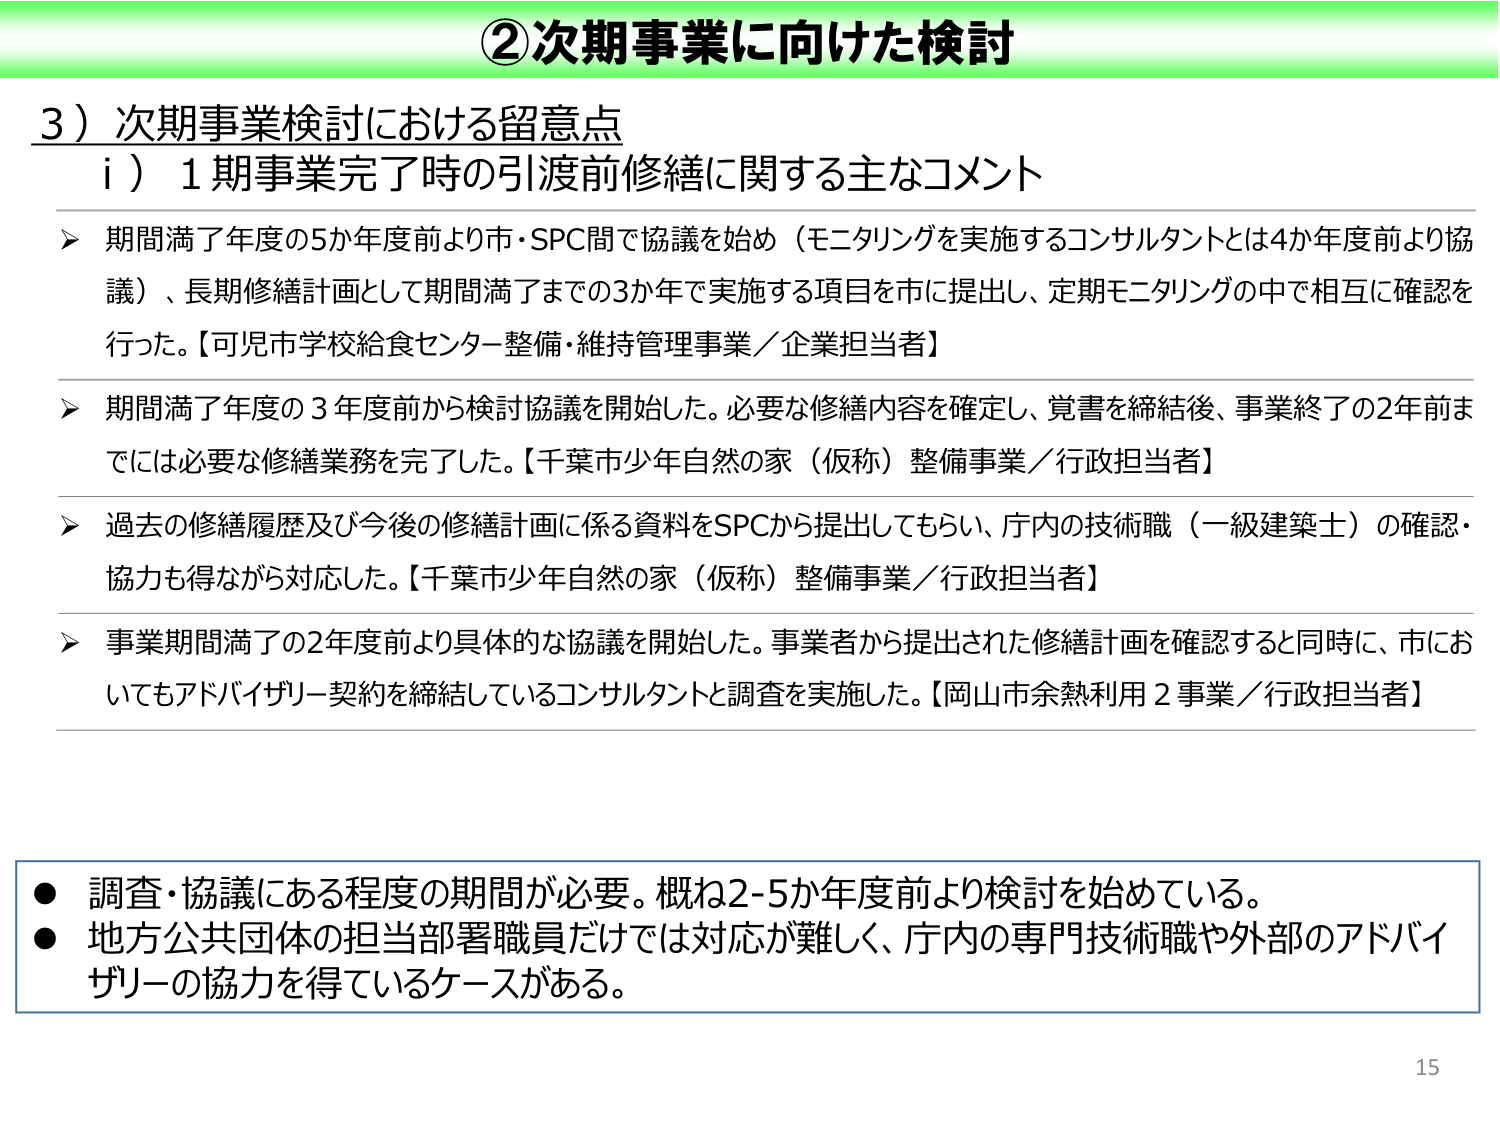
②次期事業に向けた検討

3）次期事業検討における留意点
　i）1期事業完了時の引渡前修繕に関する主なコメント

　➤ 期間満了年度の5か年度前より市・SPC間で協議を始め（モニタリングを実施するコンサルタントとは4か年度前より協議）、長期修繕計画として期間満了までの3か年で実施する項目を市に提出し、定期モニタリングの中で相互に確認を行った。【可児市学校給食センター整備・維持管理事業／企業担当者】

　➤ 期間満了年度の3年度前から検討協議を開始した。必要な修繕内容を確定し、覚書を締結後、事業終了の2年前までには必要な修繕業務を完了した。【千葉市少年自然の家（仮称）整備事業／行政担当者】

　➤ 過去の修繕履歴及び今後の修繕計画に係る資料をSPCから提出してもらい、庁内の技術職（一級建築士）の確認・協力も得ながら対応した。【千葉市少年自然の家（仮称）整備事業／行政担当者】

　➤ 事業期間満了の2年度前より具体的な協議を開始した。事業者から提出された修繕計画を確認すると同時に、市においてもアドバイザリー契約を締結しているコンサルタントと調査を実施した。【岡山市余熱利用2事業／行政担当者】

● 調査・協議にある程度の期間が必要。概ね2-5か年度前より検討を始めている。
● 地方公共団体の担当部署職員だけでは対応が難しく、庁内の専門技術職や外部のアドバイザリーの協力を得ているケースがある。

15